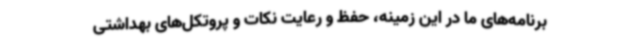
برنامه‌های ما در این زمینه، حفظ و رعایت نکات و پروتکل‌های بهداشتی